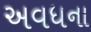
અવધના